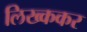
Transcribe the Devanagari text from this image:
लिख्ककर